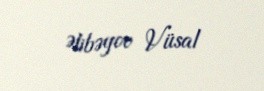
Əlibəyov Vüsal